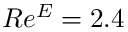
R e ^ { E } = 2 . 4